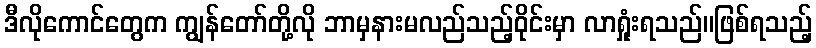
ဒီလိုကောင်တွေက ကျွန်တော်တို့လို ဘာမှနားမလည်သည့်ဝိုင်းမှာ လာရှုံးရသည်။ဖြစ်ရသည့်